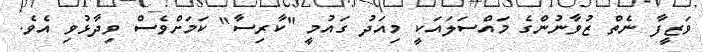
ވަޒީފާ ނެތް ޒުވާނުންގެ މައްސަލައަކީ މިއަދު ގައުމީ "ކާރިސާ" ކަމަށްވެސް ވިދާޅުވި އެވެ.